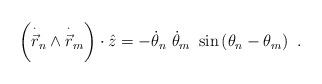
LaTeX: \begin{align*}\left( \overset{\cdot }{\vec{r}}_{n}\wedge \overset{\cdot }{\vec{r}}_{m}\right) \cdot \hat{z}=-\dot{\theta}_{n}~\dot{\theta}_{m}~\sin \left(\theta _{n}-\theta _{m}\right) ~. \end{align*}